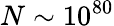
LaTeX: N\sim 10^{80}